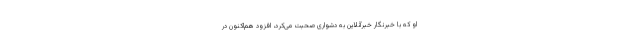
او که با خبرنگار خبرآنلاین به دشواری صحبت می‌کرد، افزود هم‌اکنون در